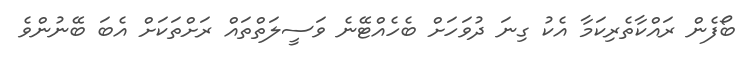
ބޯފެން ރައްކާތެރިކަމާ އެކު ގިނަ ދުވަހަށް ބެހެއްޓޭނެ ވަސީލަތްތައް ރަށްތަކަށް އެބަ ބޭނުންވެ